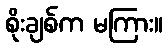
စိုးချစ်က မကြား။